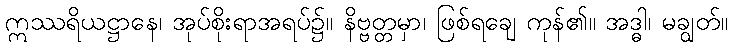
ဣဿရိယဋ္ဌာနေ၊ အုပ်စိုးရာအရပ်၌။ နိဗ္ဗတ္တမှာ၊ ဖြစ်ရချေ ကုန်၏။ အဒ္ဓါ၊ မချွတ်။